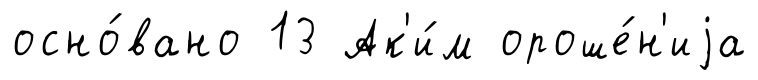
осно́вано 13 Ак'и́м ороше́н'иjа